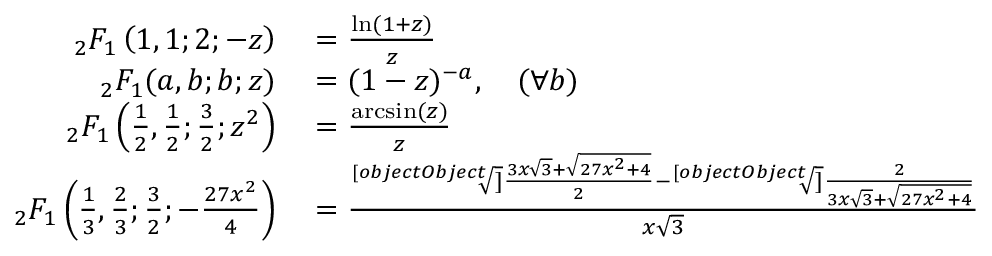
\begin{array} { r l } { _ { 2 } F _ { 1 } \left( 1 , 1 ; 2 ; - z \right) } & { { } = { \frac { \ln ( 1 + z ) } { z } } } \\ { _ { 2 } F _ { 1 } ( a , b ; b ; z ) } & { { } = ( 1 - z ) ^ { - a } , \quad ( \forall b ) } \\ { _ { 2 } F _ { 1 } \left( { \frac { 1 } { 2 } } , { \frac { 1 } { 2 } } ; { \frac { 3 } { 2 } } ; z ^ { 2 } \right) } & { { } = { \frac { \arcsin ( z ) } { z } } } \\ { \, _ { 2 } F _ { 1 } \left( { \frac { 1 } { 3 } } , { \frac { 2 } { 3 } } ; { \frac { 3 } { 2 } } ; - { \frac { 2 7 x ^ { 2 } } { 4 } } \right) } & { { } = { \frac { { \sqrt [ [object Object] ] { \frac { 3 x { \sqrt { 3 } } + { \sqrt { 2 7 x ^ { 2 } + 4 } } } { 2 } } } - { \sqrt [ [object Object] ] { \frac { 2 } { 3 x { \sqrt { 3 } } + { \sqrt { 2 7 x ^ { 2 } + 4 } } } } } } { x { \sqrt { 3 } } } } } \end{array}